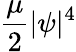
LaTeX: \frac{\mu}{2}\lvert\psi\rvert^{4}